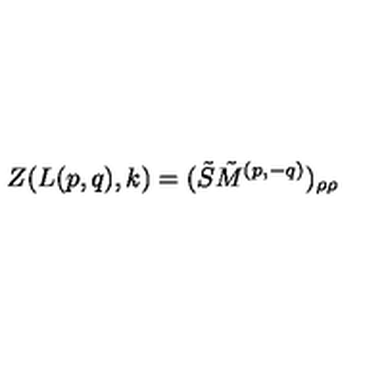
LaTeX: Z ( L ( p , q ) , k ) = ( \tilde { S } \tilde { M } ^ { ( p , - q ) } ) _ { \rho \rho }